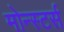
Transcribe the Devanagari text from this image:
मोन्स्टर्स